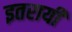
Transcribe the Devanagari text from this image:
इतरायी